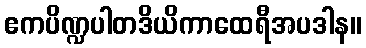
ဧကပိဏ္ဍပါတဒိယိကာထေရီအပဒါန။